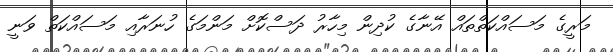
މަރީގެ މަސައްކަތްތައް އޭނާގެ ކުދިން މިހާރު ދަސްކޮށް މަންމަގެ ހުނަރާއި މަސައްކަތް ވަނީ